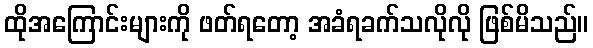
ထိုအကြောင်းများကို ဖတ်ရတော့ အခံရခက်သလိုလို ဖြစ်မိသည်။